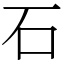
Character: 石